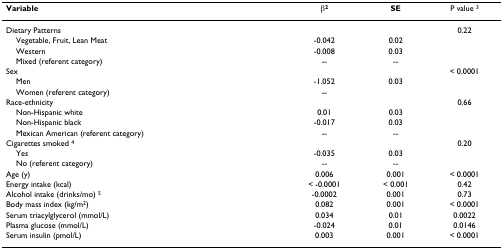
<table><thead><tr><td><b>Variable</b></td><td><b>β<sup>2</sup></b></td><td><b>SE</b></td><td><b>P value <sup>3</sup></b></td></tr></thead><tbody><tr><td>Dietary Patterns</td><td></td><td></td><td>0.22</td></tr><tr><td> Vegetable, Fruit, Lean Meat</td><td>-0.042</td><td>0.02</td><td></td></tr><tr><td> Western</td><td>-0.008</td><td>0.03</td><td></td></tr><tr><td> Mixed (referent category)</td><td>--</td><td>--</td><td></td></tr><tr><td>Sex</td><td></td><td></td><td>&lt; 0.0001</td></tr><tr><td> Men</td><td>-1.052</td><td>0.03</td><td></td></tr><tr><td> Women (referent category)</td><td>--</td><td></td><td></td></tr><tr><td>Race-ethnicity</td><td></td><td></td><td>0.66</td></tr><tr><td> Non-Hispanic white</td><td>0.01</td><td>0.03</td><td></td></tr><tr><td> Non-Hispanic black</td><td>-0.017</td><td>0.03</td><td></td></tr><tr><td> Mexican American (referent category)</td><td>--</td><td>--</td><td></td></tr><tr><td>Cigarettes smoked <sup>4</sup></td><td></td><td></td><td>0.20</td></tr><tr><td> Yes</td><td>-0.035</td><td>0.03</td><td></td></tr><tr><td> No (referent category)</td><td>--</td><td>--</td><td></td></tr><tr><td>Age (y)</td><td>0.006</td><td>0.001</td><td>&lt; 0.0001</td></tr><tr><td>Energy intake (kcal)</td><td>&lt; -0.0001</td><td>&lt; 0.001</td><td>0.42</td></tr><tr><td>Alcohol intake (drinks/mo) <sup>5</sup></td><td>-0.0002</td><td>0.001</td><td>0.73</td></tr><tr><td>Body mass index (kg/m<sup>2</sup>)</td><td>0.082</td><td>0.001</td><td>&lt; 0.0001</td></tr><tr><td>Serum triacylglycerol (mmol/L)</td><td>0.034</td><td>0.01</td><td>0.0022</td></tr><tr><td>Plasma glucose (mmol/L)</td><td>-0.024</td><td>0.01</td><td>0.0146</td></tr><tr><td>Serum insulin (pmol/L)</td><td>0.003</td><td>0.001</td><td>&lt; 0.0001</td></tr></tbody></table>